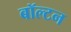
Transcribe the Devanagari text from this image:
बॉल्टन